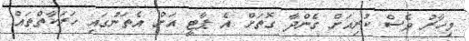
މިހާރު ވެސް ކުރިއަށް ގެންދާ ގޮތަށް އެ ޕާޓީ އަށް އެތަނުގައި ހަރަކާތްތައް